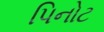
પિનોટ